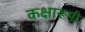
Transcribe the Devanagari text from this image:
कक्षारूपी